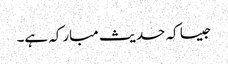
جیسا کہ حدیث مبارکہ ہے۔